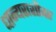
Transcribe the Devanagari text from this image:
धान्यराशीवर